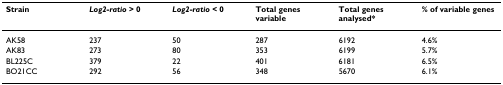
<table><thead><tr><td><b>Strain</b></td><td><b><i>Log2-ratio </i>&gt; 0</b></td><td><b><i>Log2-ratio </i>&lt; 0</b></td><td><b>Total genes variable</b></td><td><b>Total genes analysed*</b></td><td><b>% of variable genes</b></td></tr></thead><tbody><tr><td>AK58</td><td>237</td><td>50</td><td>287</td><td>6192</td><td>4.6%</td></tr><tr><td>AK83</td><td>273</td><td>80</td><td>353</td><td>6199</td><td>5.7%</td></tr><tr><td>BL225C</td><td>379</td><td>22</td><td>401</td><td>6181</td><td>6.5%</td></tr><tr><td>BO21CC</td><td>292</td><td>56</td><td>348</td><td>5670</td><td>6.1%</td></tr></tbody></table>